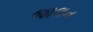
જાલન